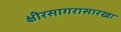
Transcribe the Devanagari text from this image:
क्षीरसागरासारखा